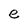
Character: e